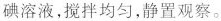
碘溶液，搅拌均匀，静置观察。